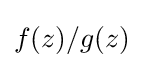
{\textstyle f(z)/g(z)}